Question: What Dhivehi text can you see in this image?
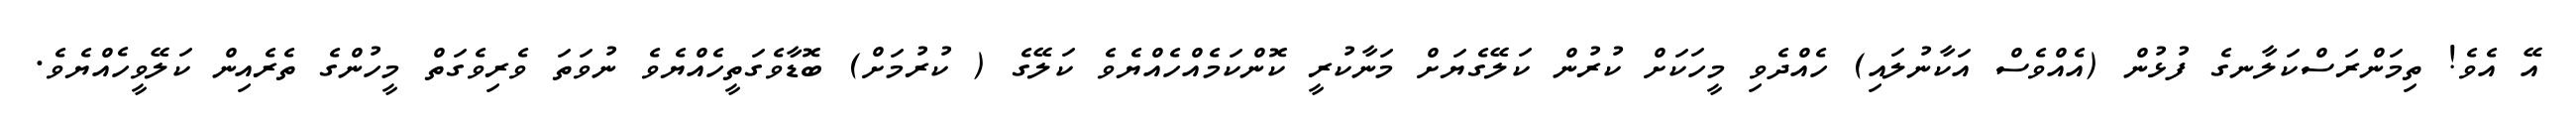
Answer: އޭ އެވެ! ތިމަންރަސްކަލާނގެ ފުޅުން (އެއްވެސް އަކާނުލައި) ހެއްދެވި މީހަކަށް ކުރުން ކަލޭގެޔަށް މަނާކުރީ ކޮންކަމެއްހެއްޔެވެ ކަލޭގެ ( ކުރުމަށް) ބޮޑާވެގަތީހެއްޔެވެ ނުވަތަ ވެރިވެގަތް މީހުންގެ ތެރެއިން ކަލޭވީހެއްޔެވެ.